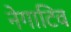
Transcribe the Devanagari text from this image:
नेगाटिव